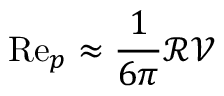
\mathrm { R e } _ { p } \approx \frac { 1 } { 6 \pi } \mathscr { R } \mathscr { V }